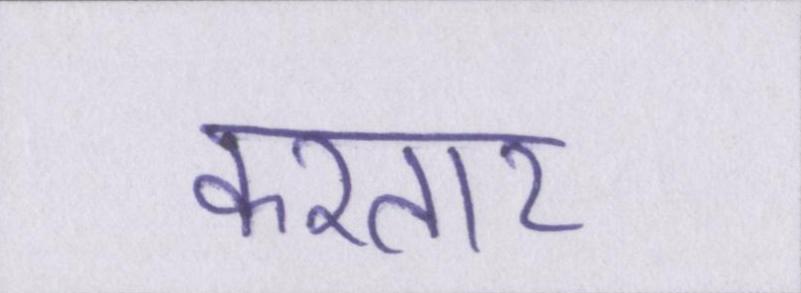
करतार